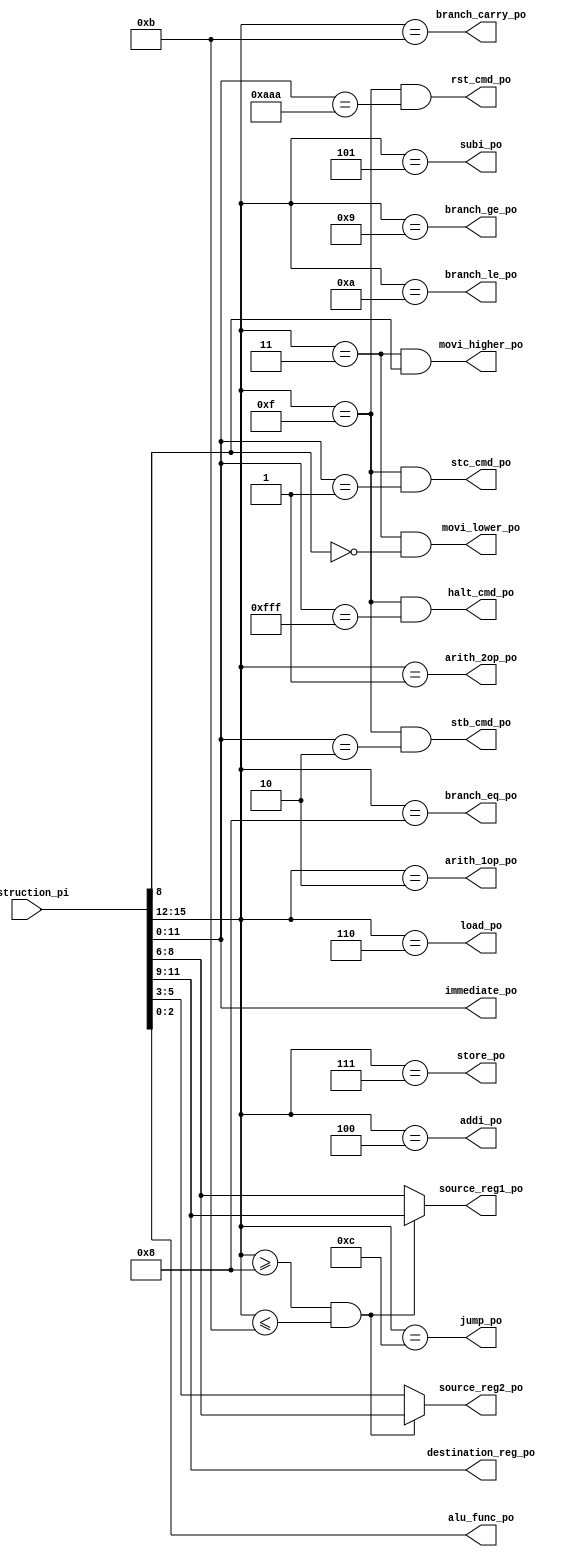
  `timescale 1ns/1ns

`define NOP 4'b0000
`define ARITH_2OP 4'b0001
`define ARITH_1OP 4'b0010
`define MOVI 4'b0011
`define ADDI 4'b0100
`define SUBI 4'b0101
`define LOAD 4'b0110
`define STOR 4'b0111
`define BEQ 4'b1000
`define BGE 4'b1001
`define BLE 4'b1010
`define BC 4'b1011
`define J 4'b1100
`define CONTROL 4'b1111

`define ADD 3'b000
`define ADDC 3'b001
`define SUB 3'b010
`define SUBB 3'b011
`define AND 3'b100
`define OR 3'b101
`define XOR 3'b110
`define XNOR 3'b111

`define NOT 3'b000
`define SHIFTL 3'b001
`define SHIFTR 3'b010
`define CP 3'b011

`define STC    12'b000000000001
`define STB    12'b000000000010
`define RESET  12'b101010101010
`define HALT   12'b111111111111

/*
 * Module: instruction_decode
 * Description: Decodes the instruction.
 *              All outputs must be driven based upon instruction opcode and function.
 *              All logic should be combinational.
 */

module decoder(
	input [15:0] instruction_pi,
	
	output [2:0] alu_func_po,
	
	output [2:0] destination_reg_po,
	output [2:0] source_reg1_po,
	output [2:0] source_reg2_po,
	
	output  [11:0] immediate_po,
	
	output arith_2op_po,
	output arith_1op_po, 
	
	output movi_lower_po,
	output movi_higher_po,
	
	output addi_po,
	output subi_po,
	
	output load_po,
	output store_po,
	
	output branch_eq_po,
	output branch_ge_po,
	output branch_le_po,
	output branch_carry_po,
	
	output jump_po,

	output stc_cmd_po,
	output stb_cmd_po,
	output halt_cmd_po,
	output rst_cmd_po
);
   
   // Input signals have the suffix "_pi: and output signals the prefix "_po".
   // Use a series of assign statements to set the output signals.
   // You may (find it convenient to) define some auxiliary wire signals for compactness. 		

	wire [3:0] opcode = instruction_pi[15:12];
	wire func = instruction_pi[8];
	wire [11:0] ctrlfunc = instruction_pi[11:0];
	wire branch = (opcode >= 8 & opcode <= 11);

	assign destination_reg_po = instruction_pi[11:9];
	assign alu_func_po = instruction_pi[2:0];

	// depending on the branch instr the src registers are at different places
	assign source_reg1_po = branch ? instruction_pi[11:9] : instruction_pi[8:6];
	assign source_reg2_po = branch ? instruction_pi[8:6] : instruction_pi[5:3]; // btwn 8 and 11
	assign immediate_po = instruction_pi[11:0];

	// defining more types of operations
	assign arith_2op_po = opcode == `ARITH_2OP;
	assign arith_1op_po = opcode == `ARITH_1OP;

	// move instrs 
	assign movi_lower_po = (opcode == `MOVI) & ~func;
	assign movi_higher_po = (opcode == `MOVI) & func;

	// immediates
	assign addi_po = opcode == `ADDI;
	assign subi_po = opcode == `SUBI;

	assign load_po = opcode == `LOAD;
	assign store_po = opcode == `STOR;

	// branch instrs opcodes
	assign branch_eq_po = opcode == `BEQ;
	assign branch_ge_po = opcode == `BGE;
	assign branch_le_po = opcode == `BLE;
	assign branch_carry_po = opcode == `BC;

	assign jump_po = opcode == `J;

	// control opcodes
	assign stc_cmd_po = (opcode == `CONTROL) & (ctrlfunc == `STC);
	assign stb_cmd_po = (opcode == `CONTROL) & (ctrlfunc == `STB);
	assign halt_cmd_po = (opcode == `CONTROL) & (ctrlfunc == `HALT);
	assign rst_cmd_po = (opcode == `CONTROL) & (ctrlfunc == `RESET);

endmodule // decoder